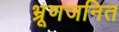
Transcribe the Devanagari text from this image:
भ्रूणजनित